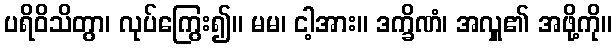
ပရိဝိသိတွာ၊ လုပ်ကြွေး၍။ မမ၊ ငါ့အား။ ဒက္ခိဏံ၊ အလှူ၏ အဖို့ကို။